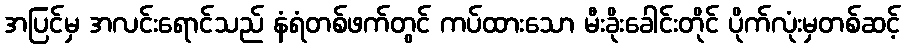
အပြင်မှ အလင်းရောင်သည် နံရံတစ်ဖက်တွင် ကပ်ထားသော မီးခိုးခေါင်းတိုင် ပိုက်လုံးမှတစ်ဆင့်